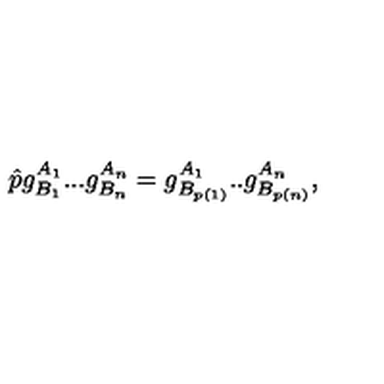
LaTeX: \hat { p } g _ { B _ { 1 } } ^ { A _ { 1 } } . . . g _ { B _ { n } } ^ { A _ { n } } = g _ { B _ { p ( 1 ) } } ^ { A _ { 1 } } . . g _ { B _ { p ( n ) } } ^ { A _ { n } } ,